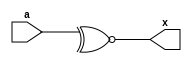
`timescale 1ns/1ns

module xnor_bit(a,x);
input [3:0] a;
output x;

assign x = ~^a;

endmodule